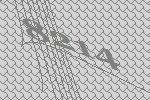
8214